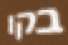
בקו